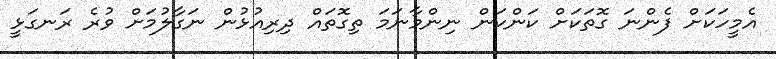
އެމީހަކަށް ފެންނަ ގޮތަކަށް ކަންކަން ނިންމާނަމަ ތިގޮތައް ދިރިއުޅުން ނަގާލުމަށް ވުރެ ރަނގަޅީ